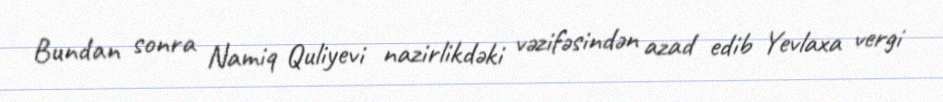
Bundan sonra Namiq Quliyevi nazirlikdəki vəzifəsindən azad edib Yevlaxa vergi